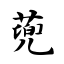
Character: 蔸